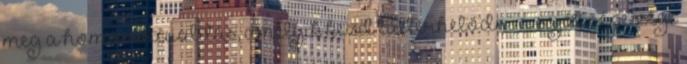
meg a homoszexualitás, amelyik kezd túlterhelődni a saját népessége